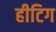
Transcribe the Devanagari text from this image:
हीटिग